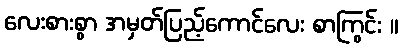
လေးစားစွာ အမှတ်ပြည့်ကောင်လေး စာကြွင်း ။